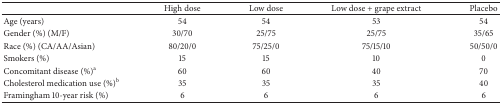
|  | High dose | Low dose | Low dose + grape extract | Placebo |
 | --- | --- | --- | --- | --- |
 | Age (years) | 54 | 54 | 53 | 54 |
 | Gender (%) (M/F) | 30/70 | 25/75 | 25/75 | 35/65 |
 | Race (%) (CA/AA/Asian) | 80/20/0 | 75/25/0 | 75/15/10 | 50/50/0 |
 | Smokers (%) | 15 | 15 | 10 | 0 |
 | Concomitant disease (%)a | 60 | 60 | 40 | 70 |
 | Cholesterol medication use (%)b | 35 | 35 | 35 | 40 |
 | Framingham 10-year risk (%) | 6 | 6 | 6 | 6 |